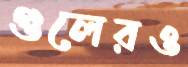
গুলেরও